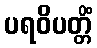
ပရဝိပတ္တိံ